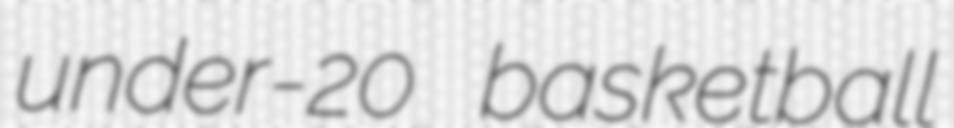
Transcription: under-20 basketball